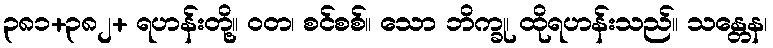
၃၈၁+၃၈၂+ ရဟန်းတို့။ ဝတ၊ စင်စစ်။ သော ဘိက္ခု၊ ထိုရဟန်းသည်။ သန္တေန၊